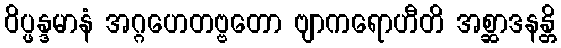
ဝိပ္ဖန္ဒမာနံ အဂ္ဂဟေတဗ္ဗတော ဗျာကရောဟီတိ အစ္ဆာဒနန္တိ